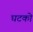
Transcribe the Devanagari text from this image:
घटको